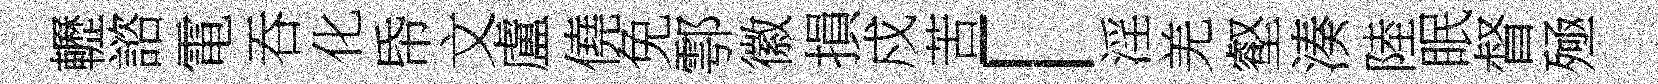
轣諮電吞化帋文盧僥免鄠徽損戍苦「淫羌壑湊陸眠督殛